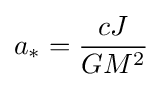
a_{*}={\frac {cJ}{GM^{2}}}